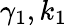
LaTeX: \gamma_{1},k_{1}